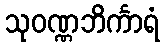
သုဝဏ္ဏဘိင်္ကာရံ